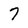
Character: 7